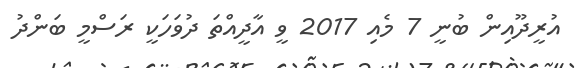
އުރީދޫއިން ބުނީ 7 މެއި 2017 ވީ އާދީއްތަ ދުވަހަކީ ރަސްމީ ބަންދު